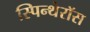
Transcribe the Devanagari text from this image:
स्पिन्थेरॉस